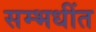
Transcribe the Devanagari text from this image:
सम्भधींत